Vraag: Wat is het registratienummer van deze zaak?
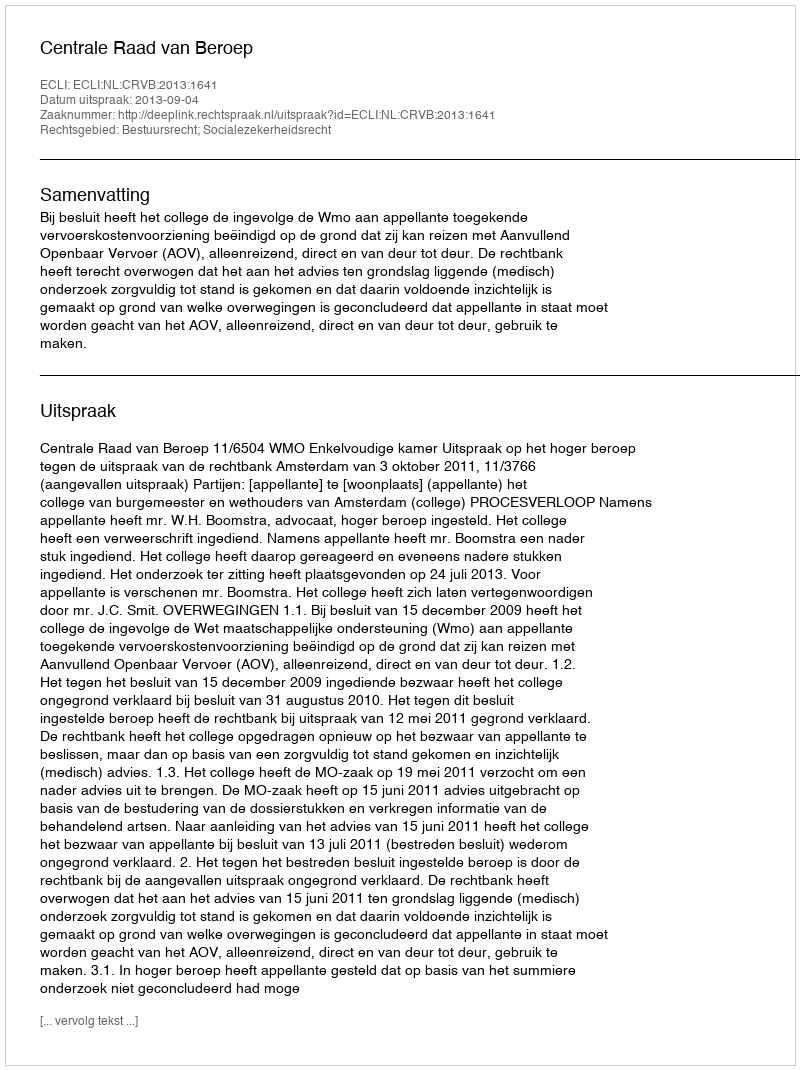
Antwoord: http://deeplink.rechtspraak.nl/uitspraak?id=ECLI:NL:CRVB:2013:1641